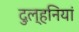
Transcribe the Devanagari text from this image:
दुल्हनियां